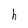
Character: h